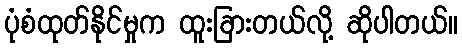
ပုံစံထုတ်နိုင်မှုက ထူးခြားတယ်လို့ ဆိုပါတယ်။